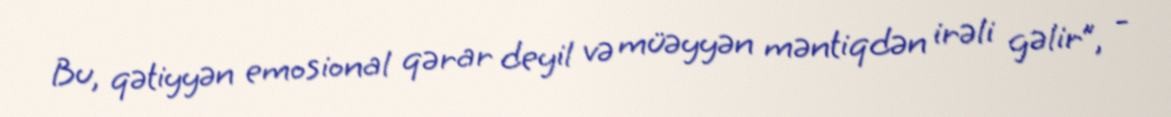
Bu, qətiyyən emosional qərar deyil və müəyyən məntiqdən irəli gəlir”, -